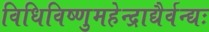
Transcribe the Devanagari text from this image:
विधिविष्णुमहेन्द्राद्यैर्वन्द्यः